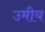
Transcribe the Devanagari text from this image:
उमीय